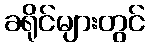
ခရိုင်များတွင်